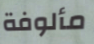
مألوفة